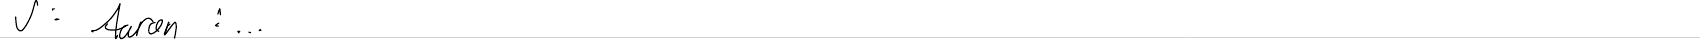
J: Aaron : ...